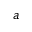
a